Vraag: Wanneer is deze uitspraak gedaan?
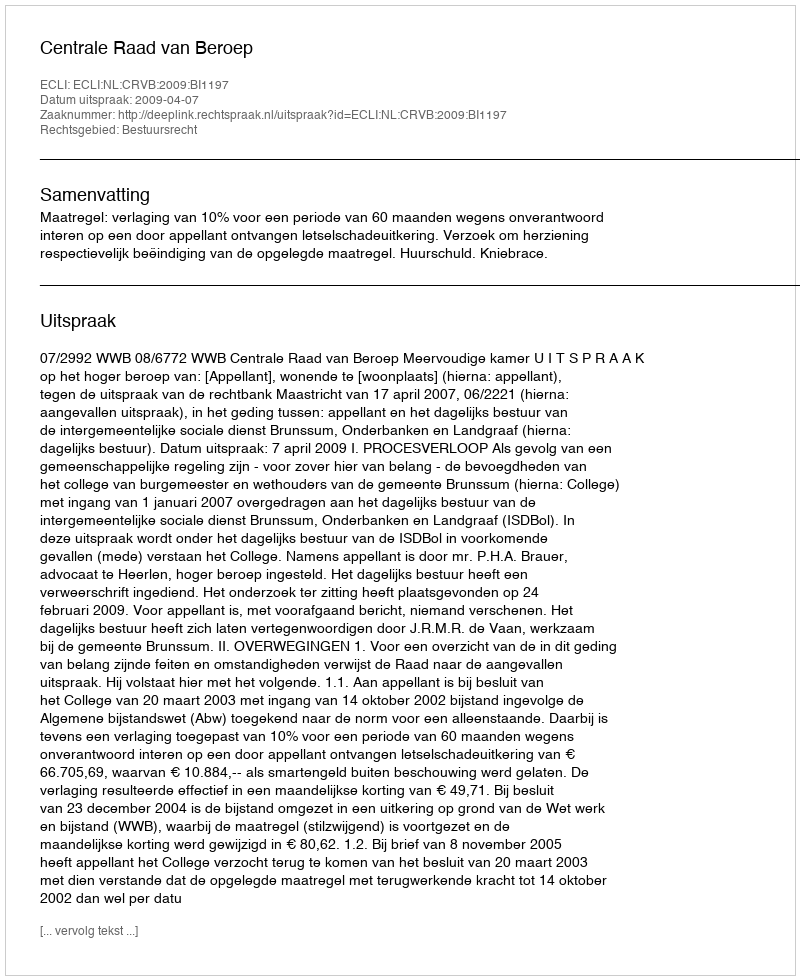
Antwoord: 2009-04-07